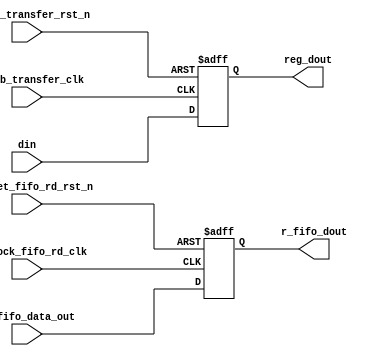
// This program was cloned from: https://github.com/chipsalliance/aib-phy-hardware
// License: Apache License 2.0

// SPDX-License-Identifier: Apache-2.0
// Copyright (C) 2019 Intel Corporation. 
module aib_adaptrxdp_map (

input wire  [39:0]  din,
input wire  [79:0]  rx_fifo_data_out,      // Data from rx fifo

input wire         rx_aib_transfer_clk,
input wire         rx_aib_transfer_rst_n,
input wire         rx_clock_fifo_rd_clk,
input wire         rx_reset_fifo_rd_rst_n,

output reg  [79:0]   r_fifo_dout,
output reg  [39:0]   reg_dout

);


always @(posedge rx_clock_fifo_rd_clk or negedge rx_reset_fifo_rd_rst_n) begin
   if (!rx_reset_fifo_rd_rst_n) 
     begin
      r_fifo_dout[79:0] <= {80{1'b0}};
     end
   else begin
       r_fifo_dout[79:0] <= rx_fifo_data_out[79:0];
   end
end


always @(posedge rx_aib_transfer_clk or negedge rx_aib_transfer_rst_n) begin
   if (!rx_aib_transfer_rst_n) 
    begin
     reg_dout[39:0] <= {40{1'b0}};
    end
   else begin
       reg_dout[39:0] <= din[39:0];
   end
end


endmodule